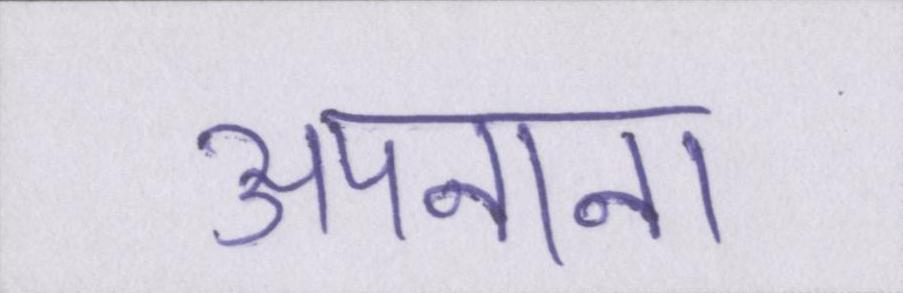
अपनाना